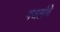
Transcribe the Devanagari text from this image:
गजलांचे